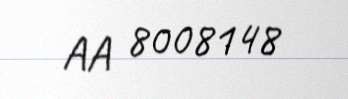
AA 8008148